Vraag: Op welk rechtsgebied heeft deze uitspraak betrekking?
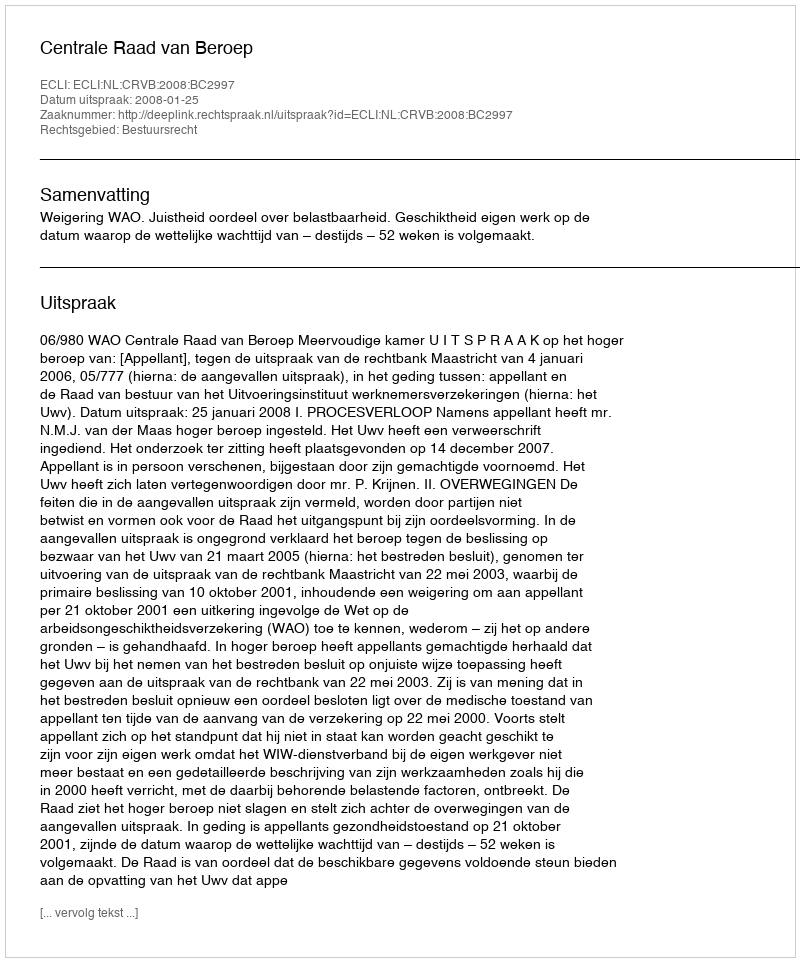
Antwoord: Bestuursrecht